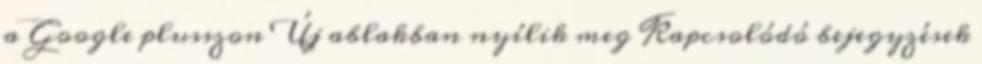
a Google plusszon Új ablakban nyílik meg Kapcsolódó bejegyzések